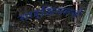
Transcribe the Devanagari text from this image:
गार्डियनचे